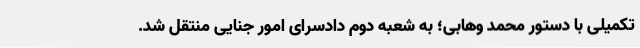
تکمیلی با دستور محمد وهابی؛ به شعبه دوم دادسرای امور جنایی منتقل شد.